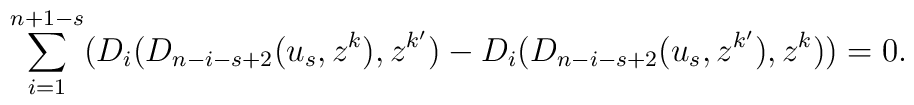
\sum_{i=1}^{n+1-s}(D_i(D_{n-i-s+2}(u_s,z^k),z^{k'})-D_i(D_{n-i-s+2}(u_s,z^{k'}),z^k))=0.